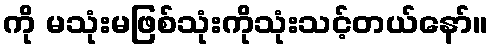
ကို မသုံးမဖြစ်သုံးကိုသုံးသင့်တယ်နော်။